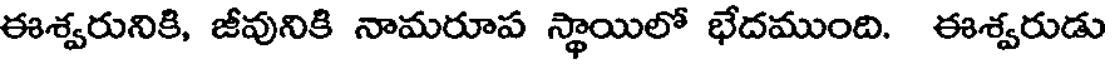
ఈశ్వరునికి, జీవునికి నామరూప స్థాయిలో భేదముంది. ఈశ్వరుడు